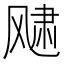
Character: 𩙨